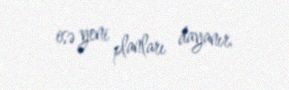
isə yeni planları dayanır.